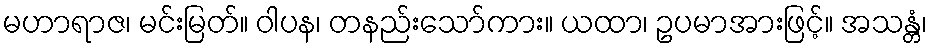
မဟာရာဇ၊ မင်းမြတ်။ ဝါပန၊ တနည်းသော်ကား။ ယထာ၊ ဥပမာအားဖြင့်။ အသန္တံ၊